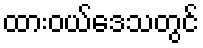
ထားဝယ်ဒေသတွင်